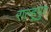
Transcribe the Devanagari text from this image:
राल्हूपुर